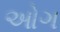
ઓગ